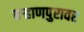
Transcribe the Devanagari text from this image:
बऱ्हाणपुरावर